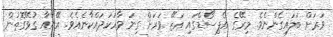
ވަރަށް ބަލައިގެންނެވެ. މިރޭގެ އެޕިސޯޑްގައި އަޒޭ ވަރަށް ގިނަ ވާހަކަދައްކާނެއެވެ. އޭނާއާ ގުޅޭގޮތުން